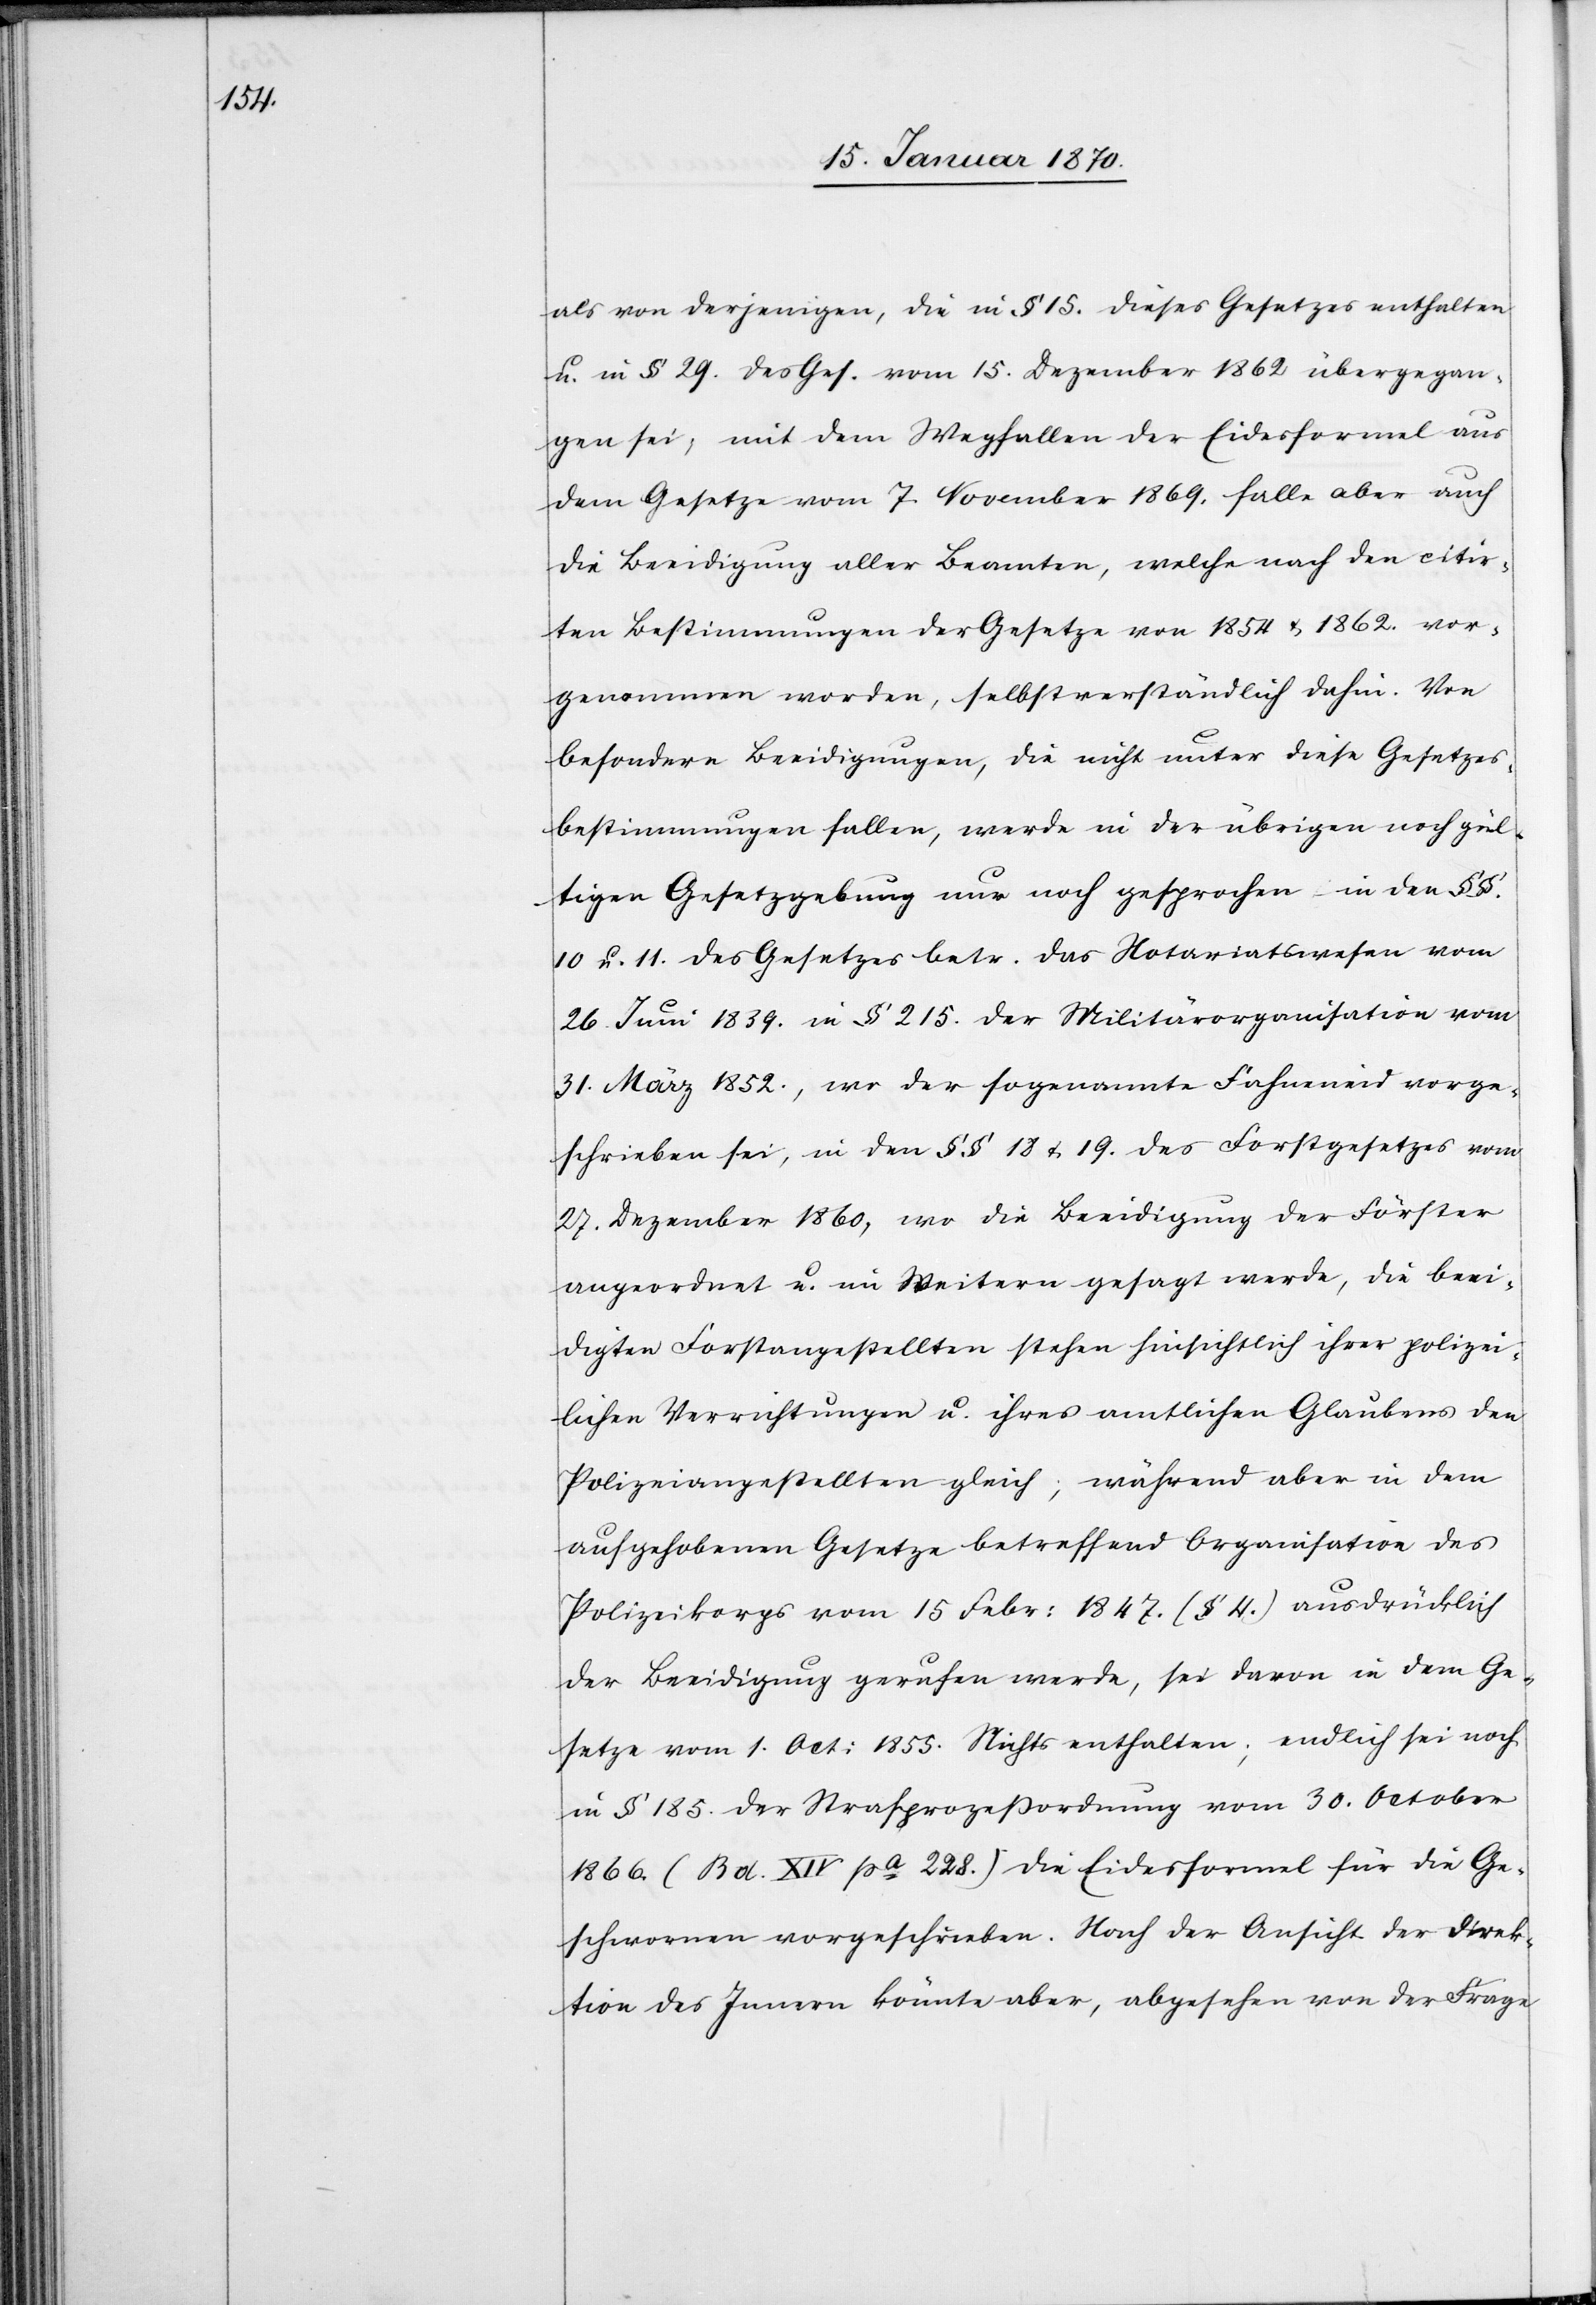
als von derjenigen, die im § 15. dieses Gesetzes enthalten
u. in § 29. des Ges. vom 15. Dezember 1862 übergegan¬
gen sei, mit dem Wegfallen der Eidesformel aus
dem Gesetze vom 7. November 1869. falle aber auch
die Beeidigung aller Beamten, welche nach den citir¬
ten Bestimmungen der Gesetze von 1854 u. 1862. vor¬
genommen worden, selbstverständlich dahin. Von
besondern Beeidigungen, die nicht unter diese Gesetzes¬
bestimmungen fallen, werde in der übrigen noch gül¬
tigen Gesetzgebung nur noch gesprochen in den §§.
10 u. 11 des Gesetzes betr. das Notariatswesen vom
26. Juni 1839. in § 215. der Militärsorganisation vom
31. März 1852., wo der sogenannte Fahneneid vorge¬
schrieben sei, in den §§ 18 u. 19. des Forstgesetzes vom
27. Dezember 1860, wo die Beeidigung der Förster
angeordnet u. im Weitern gesagt werde, die beei¬
digten Forstangestellten stehen hinsichtlich ihrer polizei¬
lichen Verrichtungen u. ihres amtlichen Glaubens den
Polizeiangestellten gleich; während aber in dem
aufgehobenen Gesetze betreffend Organisation des
Polizeikorps vom 15 Febr: 1847. (§ 4.) ausdrücklich
der Beeidigung gerufen werde, sei davon in dem Ge¬
setze vom 1. Oct: 1855. Nichts enthalten; endlich sei noch
in § 185. der Strafprozeßordnung vom 30. October
1866. (Bd. XIV pa 228.) die Eidesformel für die Ge¬
schwornen vorgeschrieben. Nach der Ansicht der Direk¬
tion des Innern könnte aber, abgesehen von der Frage